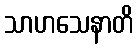
သာဟသေနာတိ